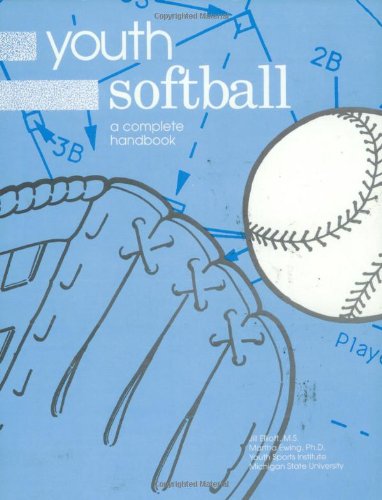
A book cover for Youth Softball: A Complete Handbook; Jill Elliott; Sports & Outdoors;